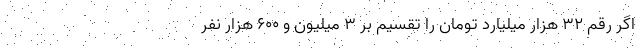
اگر رقم ۳۲ هزار میلیارد تومان را تقسیم بر ۳ میلیون و ۶۰۰ هزار نفر